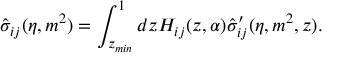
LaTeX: \hat { \sigma } _ { i j } ( \eta , m ^ { 2 } ) = \int _ { z _ { m i n } } ^ { 1 } d z { \cal H } _ { i j } ( z , \alpha ) \hat { \sigma } _ { i j } ^ { \prime } ( \eta , m ^ { 2 } , z ) .